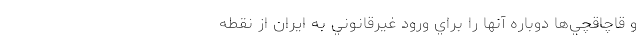
و قاچاقچي‌ها دوباره آنها را براي ورود غيرقانوني به ايران از نقطه